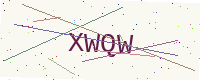
Text: XWQW